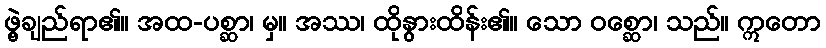
ဖွဲ့ချည်ရာ၏။ အထ-ပစ္ဆာ၊ မှ။ အဿ၊ ထိုနွားထိန်း၏။ သော ဝစ္ဆော၊ သည်။ ဣတော